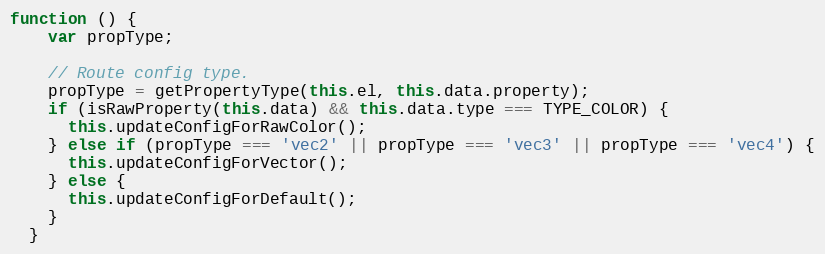
Language: JavaScript
function () {
    var propType;

    // Route config type.
    propType = getPropertyType(this.el, this.data.property);
    if (isRawProperty(this.data) && this.data.type === TYPE_COLOR) {
      this.updateConfigForRawColor();
    } else if (propType === 'vec2' || propType === 'vec3' || propType === 'vec4') {
      this.updateConfigForVector();
    } else {
      this.updateConfigForDefault();
    }
  }